Vaccination in Bombay 1889-1901 - 1889-1901
Year: 1889
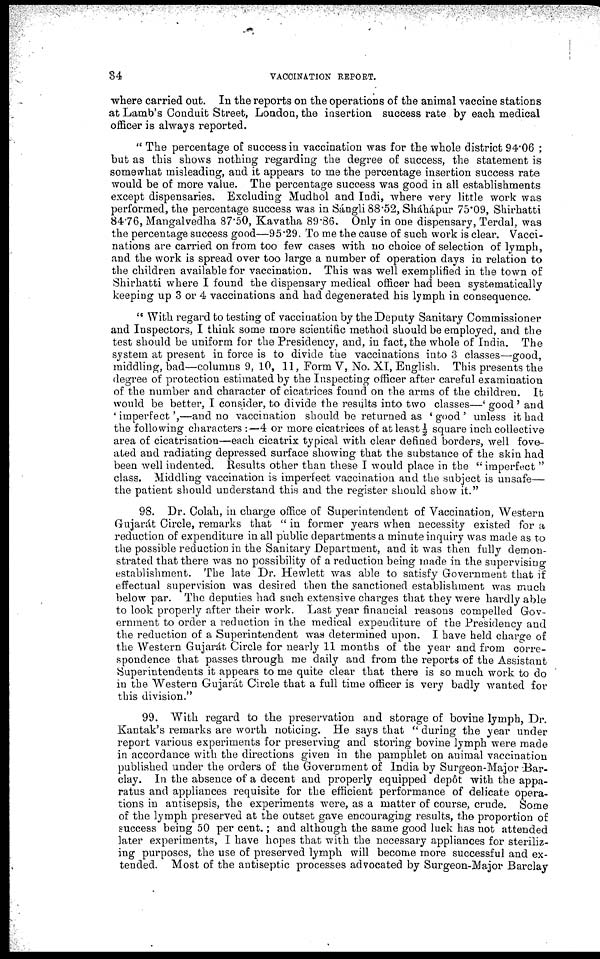
34
VACCINATION REPORT.
where carried out. In the reports on the operations of the animal vaccine stations
at Lamb's Conduit Street, London, the insertion success rate by each medical
officer is always reported.
" The percentage of success in vaccination was for the whole district 94.06 ;
but as this shows nothing regarding the degree of success, the statement is
somewhat misleading, and it appears to me the percentage insertion success rate
would be of more value. The percentage success was good in all establishments
except dispensaries. Excluding Mudhol and Indi, where very little work was
performed, the percentage success was in Sángli 88.52, Sháhápur 75.09, Shirhatti
84.76, Mangalvedha 87.50, Kavatha 89.86. Only in one dispensary, Terdal, was
the percentage success good—95.29. To me the cause of such work is clear. Vacci-
nations are carried on from too few cases with no choice of selection of lymph,
and the work is spread over too large a number of operation days in relation to
the children available for vaccination. This was well exemplified in the town of
Shirhatti where I found the dispensary medical officer had been systematically
keeping up 3 or 4 vaccinations and had degenerated his lymph in consequence.
" With regard to testing of vaccination by the Deputy Sanitary Commissioner
and Inspectors, I think some more scientific method should be employed, and the
test should be uniform for the Presidency, and, in fact, the whole of India. The
system at present in force is to divide the vaccinations into 3 classes—good,
middling, bad—columns 9, 10, 11, Form V, No. XI, English. This presents the
degree of protection estimated by the Inspecting officer after careful examination
of the number and character of cicatrices found on the arms of the children. It
would be better, I consider, to divide the results into two classes—' good' and
' imperfect',—and no vaccination should be returned as ' good ' unless it had
the following characters :—4 or more cicatrices of at least ½ square inch collective
area of cicatrisation—each cicatrix typical with clear defined borders, well fove¬
ated and radiating depressed surface showing that the substance of the skin had
been well indented. Results other than these I would place in the " imperfect "
class. Middling vaccination is imperfect vaccination and the subject is unsafe—
the patient should understand this and the register should show it."
98. Dr. Colah, in charge office of Superintendent of Vaccination, Western
Gujarát Circle, remarks that " in former years when necessity existed for a
reduction of expenditure in all public departments a minute inquiry was made as to
the possible reduction in the Sanitary Department, and it was then fully demon-
strated that there was no possibility of a reduction being made in the supervising
establishment. The late Dr. Hewlett was able to satisfy Government that if
effectual supervision was desired then the sanctioned establishment was much
below par. The deputies had such extensive charges that they were hardly able
to look properly after their work. Last year financial reasons compelled Gov-
ernment to order a reduction in the medical expenditure of the Presidency and
the reduction of a Superintendent was determined upon. I have held charge of
the Western Gujarát Circle for nearly 11 months of the year and from corre-
spondence that passes through me daily and from the reports of the Assistant
Superintendents it appears to me quite clear that there is so much work to do
in the Western Gujarát Circle that a full time officer is very badly wanted for
this division."
99. With regard to the preservation and storage of bovine lymph, Dr.
Kantak's remarks are worth noticing. He says that " during the year under
report various experiments for preserving and storing bovine lymph were made
in accordance with the directions given in the pamphlet on animal vaccination
published under the orders of the Government of India by Surgeon-Major Bar-
clay. In the absence of a decent and properly equipped depôt with the appa-
ratus and appliances requisite for the efficient performance of delicate opera-
tions in antisepsis, the experiments were, as a matter of course, crude. Some
of the lymph preserved at the outset gave encouraging results, the proportion of
success being 50 per cent.; and although the same good luck has not attended
later experiments, I have hopes that with the necessary appliances for steriliz-
ing purposes, the use of preserved lymph will become more successful and ex-
tended. Most of the antiseptic processes advocated by Surgeon-Major Barclay